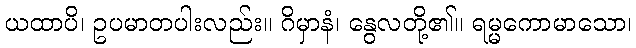
ယထာပိ၊ ဥပမာတပါးလည်း။ ဂိမှာနံ၊ နွေလတို့၏။ ရမ္မကောမာသော၊